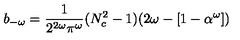
b _ { - \omega } = \frac { 1 } { 2 ^ { 2 \omega } \pi ^ { \omega } } ( N _ { c } ^ { 2 } - 1 ) ( 2 \omega - [ 1 - \alpha ^ { \omega } ] )